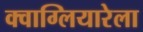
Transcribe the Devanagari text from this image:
क्वाग्लियारेला